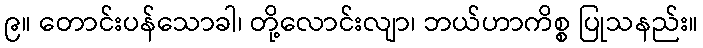
၉။ တောင်းပန်သောခါ၊ တို့လောင်းလျာ၊ ဘယ်ဟာကိစ္စ ပြုသနည်း။